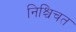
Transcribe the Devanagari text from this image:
निश्चिचत